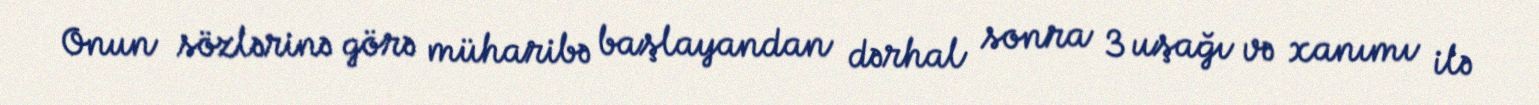
Onun sözlərinə görə müharibə başlayandan dərhal sonra 3 uşağı və xanımı ilə